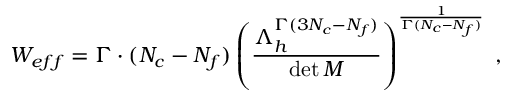
W _ { e f f } = \Gamma \cdot ( N _ { c } - N _ { f } ) \left( \frac { \Lambda _ { h } ^ { \Gamma ( 3 N _ { c } - N _ { f } ) } } { \operatorname * { d e t } M } \right) ^ { \frac { 1 } { \Gamma ( N _ { c } - N _ { f } ) } } \; ,